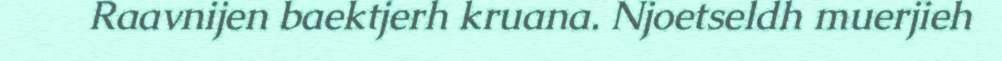
Raavnijen baektjerh kruana. Njoetseldh muerjieh